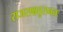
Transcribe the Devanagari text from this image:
राजसश्चतुराननः